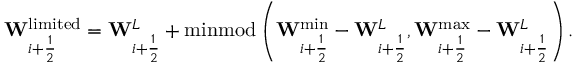
\mathbf { W } _ { i + \frac { 1 } { 2 } } ^ { \mathrm { l i m i t e d } } = \mathbf { W } _ { i + \frac { 1 } { 2 } } ^ { L } + \operatorname { m i n m o d } \left( \mathbf { W } _ { i + \frac { 1 } { 2 } } ^ { \operatorname* { m i n } } - \mathbf { W } _ { i + \frac { 1 } { 2 } } ^ { L } , \mathbf { W } _ { i + \frac { 1 } { 2 } } ^ { \operatorname* { m a x } } - \mathbf { W } _ { i + \frac { 1 } { 2 } } ^ { L } \right) .